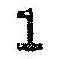
1